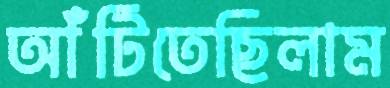
আঁটিতেছিলাম